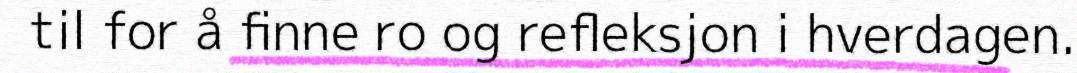
til for å finne ro og refleksjon i hverdagen.